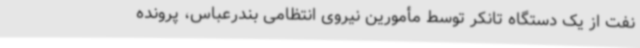
نفت از یک دستگاه تانکر توسط مأمورین نیروی انتظامی بندرعباس، پرونده